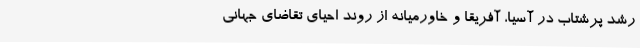
رشد پرشتاب در آسیا، آفریقا و خاورمیانه از روند احیای تقاضای جهانی